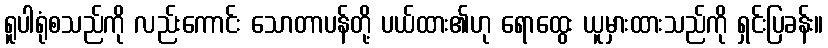
ရူပါရုံစသည်ကို လည်းကောင်း သောတာပန်တို့ ပယ်ထား၏ဟု ရောထွေး ယူမှားထားသည်ကို ရှင်းပြခန်း။